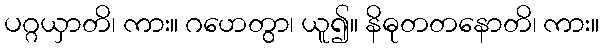
ပဂ္ဂယှာတိ၊ ကား။ ဂဟေတွာ၊ ယူ၍။ နိဓုတတနောတိ၊ ကား။